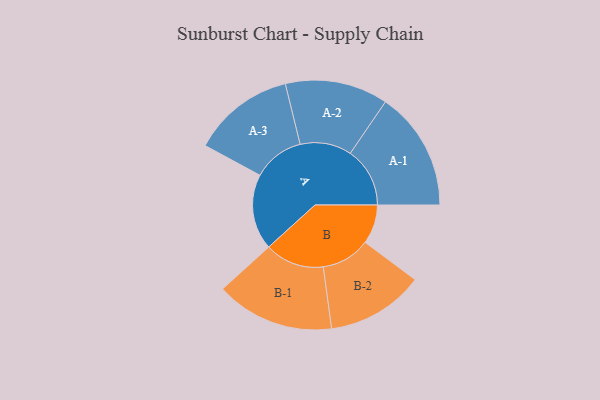
{"axis": {"x": "Segment", "y": "Value"}, "legend": ["", "A", "B"], "data": [{"x": "A", "y": 260, "type": ""}, {"x": "B", "y": 135, "type": ""}, {"x": "A-1", "y": 205, "type": "A"}, {"x": "A-2", "y": 177, "type": "A"}, {"x": "A-3", "y": 176, "type": "A"}, {"x": "B-1", "y": 204, "type": "B"}, {"x": "B-2", "y": 168, "type": "B"}]}